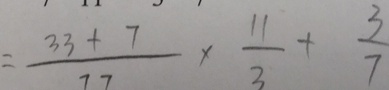
= \frac { 3 3 + 7 } { 7 7 } \times \frac { 1 1 } { 3 } + \frac { 3 } { 7 }